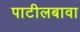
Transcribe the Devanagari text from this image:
पाटीलबावा